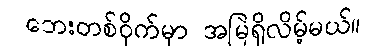
ဘေးတစ်ဝိုက်မှာ အမြဲရှိလိမ့်မယ်။